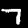
Label: 7